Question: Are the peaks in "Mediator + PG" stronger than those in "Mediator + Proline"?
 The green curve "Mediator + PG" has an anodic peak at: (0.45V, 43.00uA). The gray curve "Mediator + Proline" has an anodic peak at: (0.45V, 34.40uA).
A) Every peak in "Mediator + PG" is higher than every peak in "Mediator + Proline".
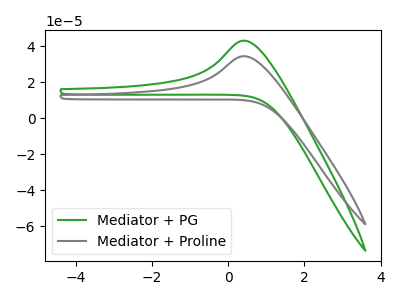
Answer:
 <answer>A) Every peak in "Mediator + PG" is higher than every peak in "Mediator + Proline".</answer>
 <eval>A</eval>